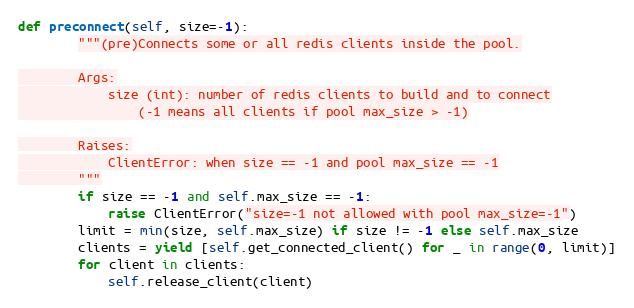
Language: Python
def preconnect(self, size=-1):
        """(pre)Connects some or all redis clients inside the pool.

        Args:
            size (int): number of redis clients to build and to connect
                (-1 means all clients if pool max_size > -1)

        Raises:
            ClientError: when size == -1 and pool max_size == -1
        """
        if size == -1 and self.max_size == -1:
            raise ClientError("size=-1 not allowed with pool max_size=-1")
        limit = min(size, self.max_size) if size != -1 else self.max_size
        clients = yield [self.get_connected_client() for _ in range(0, limit)]
        for client in clients:
            self.release_client(client)